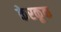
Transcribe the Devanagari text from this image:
केरकूक